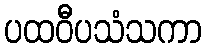
ပထဝီပသံသကာ